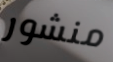
منشور